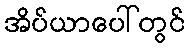
အိပ်ယာပေါ်တွင်